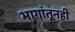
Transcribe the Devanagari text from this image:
भागांतूनही